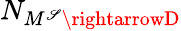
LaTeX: N_{M^{\mathscr{S}}\rightarrowD}